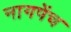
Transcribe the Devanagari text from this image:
नागपेंच